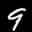
Label: 9